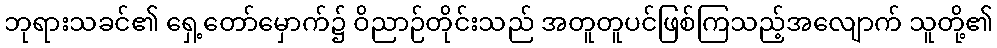
ဘုရားသခင်၏ ရှေ့တော်မှောက်၌ ဝိညာဉ်တိုင်းသည် အတူတူပင်ဖြစ်ကြသည့်အလျောက် သူတို့၏